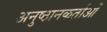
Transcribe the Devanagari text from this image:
अनुष्ठानकर्ताओं